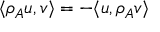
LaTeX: \langle \rho _ { A } u , v \rangle = - \langle u , \rho _ { A } v \rangle